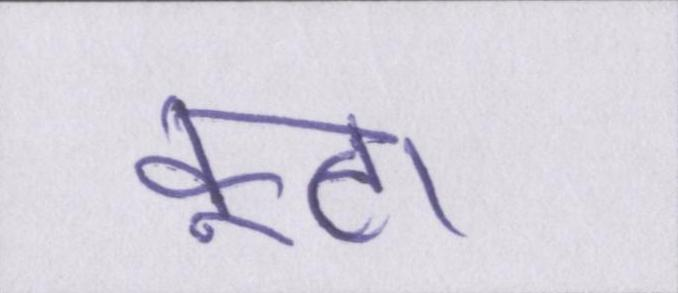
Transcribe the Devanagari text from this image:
फूटा।